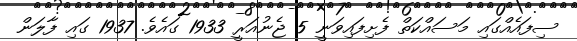
ސިފައެއްގައި މަސައްކަތް ފެށިފައިވަނީ 5 ޖެނުއަރީ 1933 ގައެވެ. 1937 ގައި ފާލަން